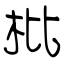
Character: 枇